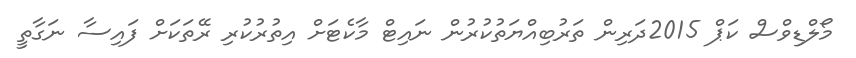
މޯލްޑިވްސް ކަޕް 2015ދަރިން ތަރުބިއްޔަތުކުރުން ނައިޓް މާކެޓަށް އިތުރުކުރި ރޭތަކަށް ފައިސާ ނަގާތީ